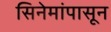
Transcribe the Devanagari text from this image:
सिनेमांपासून